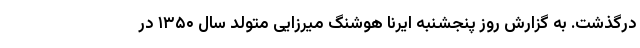
درگذشت. به گزارش روز پنجشنبه ایرنا هوشنگ میرزایی متولد سال ۱۳۵۰ در